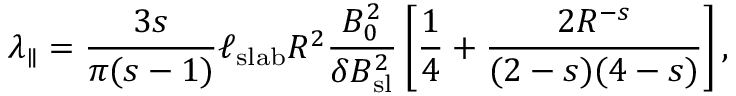
\lambda _ { \parallel } = \frac { 3 s } { \pi ( s - 1 ) } \ell _ { \mathrm { s l a b } } R ^ { 2 } \frac { B _ { 0 } ^ { 2 } } { \delta B _ { \mathrm { s l } } ^ { 2 } } \left[ \frac { 1 } { 4 } + \frac { 2 R ^ { - s } } { ( 2 - s ) ( 4 - s ) } \right] ,